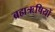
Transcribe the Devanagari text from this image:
ब्रह्मऋषियों